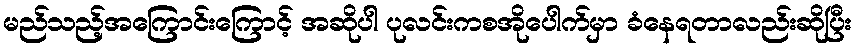
မည်သည့်အကြောင်းကြောင့် အဆိုပါ ပုလင်းကစအိုပေါက်မှာ ခံနေရတာလည်းဆိုပြီး